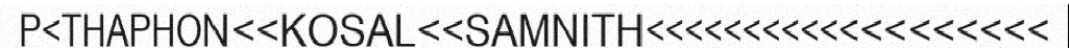
P<THAPHON<<KOSAL<<SAMNITH<<<<<<<<<<<<<<<<<<<